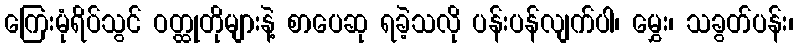
ကြေးမုံရိပ်သွင် ဝတ္ထုတိုများနဲ့ စာပေဆု ရခဲ့သလို ပန်းပန်လျက်ပါ၊ မွှေး၊ သခွတ်ပန်း၊